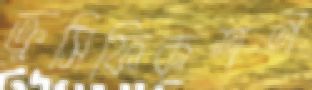
ক্রুসিফিকশন